Insane asylums Bombay 1873-77 - 1873-1877
Year: 1873
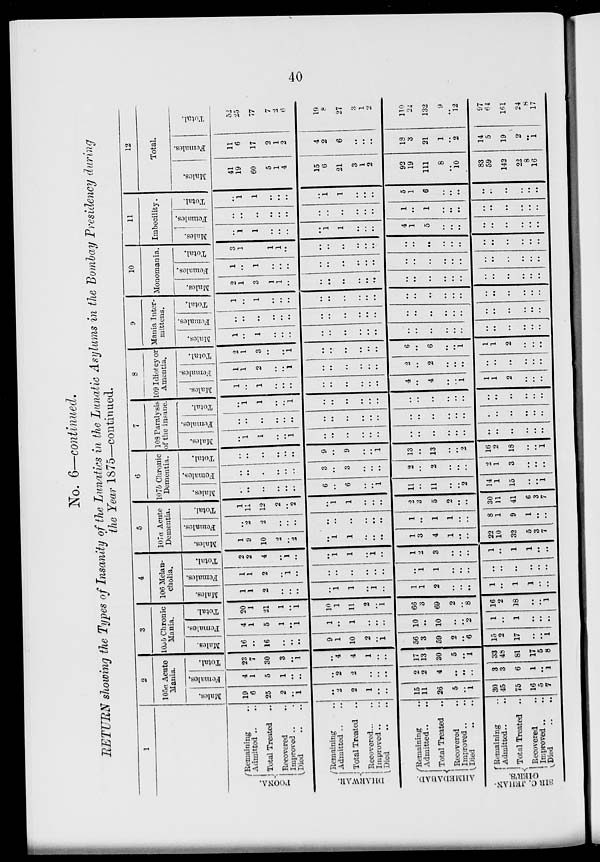
40
No. 6—continued.
RETURN showing the Types of Insanity of the Lunatics in the Lunatic Asylums in the Bombay Presidency during
the Year 1875—continued.
1
POONA.
DHARWAR.
AHMEDABAD.
SIR
C. JEHAN-
GIER'S.
Remaining ..
Admitted ..
Total Treated
..
Recovered ..
Improved .. ..
Died .. ..
Remaining ..
Admitted .. ..
Total Treated
..
Recovered
Improved .. ..
Died .. ..
Remaining ..
Admitted .. ..
Total Treated
..
Recovered .. ..
Improved .. ..
Died .. ..
Remaining ..
Admitted .. ..
Total Treated
..
Recovered
Improved .. ..
Died .. ..
2
105a Acute
Mania.
Males.
19
6
25
2
..
1
..
2
2
1
..
..
15
11
26
5
..
1
30
45
75
16
5
7
Females.
4
1
5
1
..
..
..
2
2
..
..
..
2
2
4
..
..
..
3
3
6
1
..
1
Total.
23
7
30
3
..
1
..
4
4
1
..
....
17
13
30
5
..
1
33
48
81
17
5
8
3
105 b Chronic
Mania.
Males.
16
..
16
..
..
..
9
1
10
2
..
1
56
3
59
2
..
6
15
2
17
..
..
1
Females.
4
1
5
1
..
1
1
..
1
..
..
..
10
..
10
..
..
2
1
..
1
..
..
..
Total.
20
1
21
1
..
1
10
1
11
2
..
1
66
3
69
2
..
8
16
2
18
..
..
1
4
106 Melan-
cholia.
Males.
1
1
2
..
..
..
..
1
1
..
1
..
1
1
2
..
..
..
1
..
1
1
..
..
Females.
1
1
2
..
1
..
..
..
..
..
..
..
..
1
1
..
..
..
..
..
..
..
..
..
Total.
2
2
4
..
1
..
..
1
1
..
1
..
1
2
3
..
..
..
1
..
1
1
..
..
5
107a Acute
Dementia.
Males.
1
9
10
2
..
2
..
1
1
..
..
..
1
3
4
1
..
..
22
10
32
5
3
7
Females.
..
2
2
..
..
..
..
..
..
..
..
..
1
..
1
1
..
..
8
1
9
1
..
..
Total.
1
11
12
2
..
2
..
1
1
..
..
..
2
..
5
2
..
..
30
11
41
6
3
7
6
1076 Chronic
Dementia.
Males.
..
..
..
..
..
..
6
..
6
..
..
1
11
..
11
..
..
2
14
1
15
..
..
1
Females.
..
..
..
..
..
..
3
..
3
..
..
..
2
..
2
..
..
..
2
1
3
..
..
..
Total.
..
..
..
..
..
..
9
..
9
..
..
1
13
..
13
..
..
2
16
2
18
..
..
1
7
108 Paralysis
of the insane.
Males.
..
1
1
..
..
1
..
..
..
..
..
..
..
..
..
..
..
..
..
..
..
..
..
..
Females.
..
..
..
..
..
..
..
..
..
..
..
..
..
..
..
..
..
..
..
..
..
..
..
..
Total.
..
1
1
..
..
1
..
..
..
..
..
..
..
..
..
..
..
..
..
..
..
..
..
..
8
109 Idiotcy or
Amentia.
Males.
1
..
1
..
..
..
..
..
..
..
..
..
4
..
4
..
..
1
1
1
2
..
..
..
Females.
1
1
2
..
..
1
..
..
..
..
..
..
2
..
2
..
..
..
..
..
..
..
..
..
Total.
2
1
3
..
..
1
..
..
..
..
..
..
6
..
6
..
..
1
1
1
2
..
..
..
9
Mania Inter-
mittens.
Males.
1
..
1
..
..
..
..
..
..
..
..
..
..
..
..
..
..
..
..
..
..
..
..
..
Females.
..
..
..
..
..
..
..
..
..
..
..
..
..
..
..
..
..
..
..
..
..
..
..
..
Total.
1
..
1
..
..
..
..
..
..
..
..
..
..
..
..
..
..
..
..
..
..
..
..
..
10
Monomania.
Males.
2
1
3
1
1
..
..
..
..
..
..
..
..
..
..
..
..
..
..
..
..
..
..
..
Females.
1
..
1
..
..
..
..
..
..
..
..
..
..
..
..
..
..
..
..
..
..
..
..
..
Total.
3
1
..
1
1
..
..
..
..
..
..
..
..
..
..
..
..
..
..
..
..
..
..
..
11
Imbecility.
Males.
..
1
1
..
..
..
..
1
1
..
..
..
4
1
5
..
..
..
..
..
..
..
..
..
Females.
..
..
..
..
..
..
..
..
..
..
..
..
1
..
1
..
..
..
..
..
..
..
..
..
Total.
..
1
1
..
..
..
..
1
1
..
..
..
5
1
6
..
..
..
..
..
..
..
..
..
12
Total.
Males.
41
19
60
5
1
4
15
6
21
3
1
2
92
19
111
8
..
10
83
59
142
22
8
16
Females.
11
6
17
2
1
2
4
2
6
..
..
..
18
3
21
1
..
2
14
5
19
2
..
1
Total.
52
25
77
7
2
6
19
8
27
3
1
2
110
22
132
9
..
12
97
64
161
24
8
17